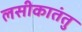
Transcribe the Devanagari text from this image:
लसीकातंतु